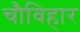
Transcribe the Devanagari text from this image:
चौविहार